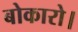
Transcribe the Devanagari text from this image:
बोकारो।